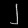
Digit: ၂